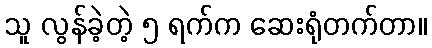
သူ လွန်ခဲ့တဲ့ ၅ ရက်က ဆေးရုံတက်တာ။